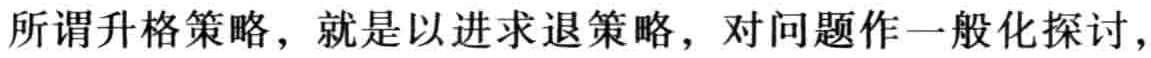
所谓升格策略，就是以进求退策略，对问题作一般化探讨，